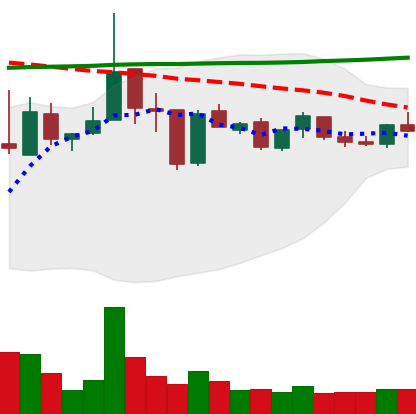
Ticker: XRP-USD
Chart end date: 2019-01-07
Forward return: -9.756%
Label: down_7plus